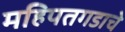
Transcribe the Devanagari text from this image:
महिपतगडाचे